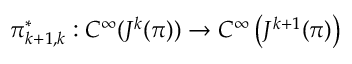
\pi _ { k + 1 , k } ^ { * } : C ^ { \infty } ( J ^ { k } ( \pi ) ) \to C ^ { \infty } \left( J ^ { k + 1 } ( \pi ) \right)